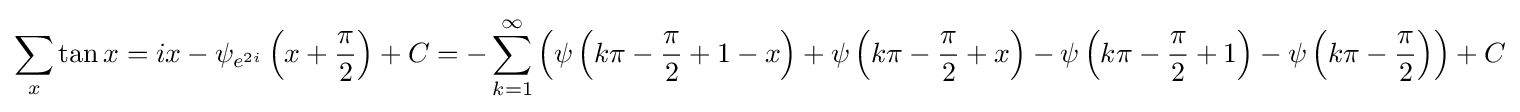
\sum _{x}\tan x=ix-\psi _{e^{2i}}\left(x+{\frac {\pi }{2}}\right)+C=-\sum _{k=1}^{\infty }\left(\psi \left(k\pi -{\frac {\pi }{2}}+1-x\right)+\psi \left(k\pi -{\frac {\pi }{2}}+x\right)-\psi \left(k\pi -{\frac {\pi }{2}}+1\right)-\psi \left(k\pi -{\frac {\pi }{2}}\right)\right)+C